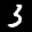
Label: 3